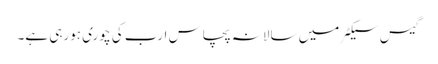
گیس سیکٹر میں سالانہ پچاس ارب کی چوری ہورہی ہے۔